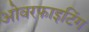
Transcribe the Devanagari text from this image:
ओवरफाइटिंग